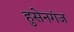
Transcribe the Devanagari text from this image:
हुसेनगंज